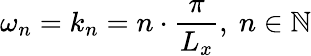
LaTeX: \omega_{n}=k_{n}=n\cdot\frac{\pi}{L_{x}},\ n\in\mathbb{N}